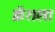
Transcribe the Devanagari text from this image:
क्रॅशला